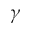
\gamma